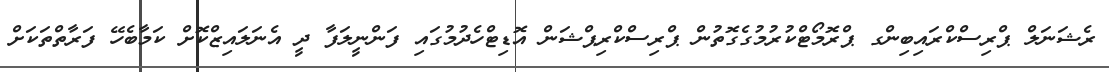
ރެޝަނަލް ޕްރިސްކްރައިބިންގ ޕްރޮމޯޓްކުރުމުގެގޮތުން ޕްރިސްކްރިޕްޝަން އޮޑިޓްހެދުމުގައި ފަންނީލަފާ ދީ އެނަލައިޒްކޮށް ކަމާބެހޭ ފަރާތްތަކަށް